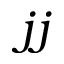
j j